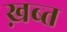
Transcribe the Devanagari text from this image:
ख़ब्त